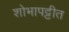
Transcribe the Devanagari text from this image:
शोभापट्टीत